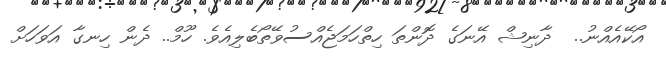
އޯކޭއެއްނު..  ދާނިޝް އޭނަގެ ދޮންތަ ހިތްހަމަޖެއްސުވޭތޯބެލިއެވެ. ހޫމް.. ދެން ހިނގާ އަވަހަށް